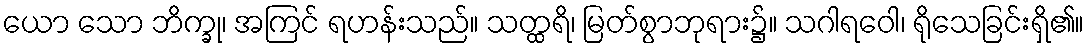
ယော သော ဘိက္ခု၊ အကြင် ရဟန်းသည်။ သတ္ထရိ၊ မြတ်စွာဘုရား၌။ သဂါရဝေါ၊ ရိုသေခြင်းရှိ၏။